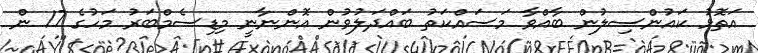
އަތޮޅު ކައުންސިލުން ބާއްވާ މަސައްކަތު ބައްދަލުވުން އޮންނާނީ މިޑިސެމްބަރު މަހުގެ 17 ން